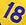
18